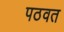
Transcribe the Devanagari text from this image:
पठवत